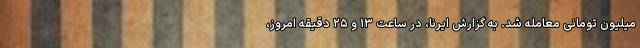
میلیون تومانی معامله شد. به گزارش ایرنا، در ساعت ۱۳ و ۲۵ دقیقه امروز،